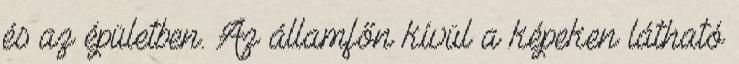
és az épületben. Az államfőn kívül a képeken látható